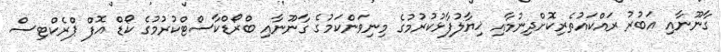
ގާނޫނާއި އަބުރު ރައްކައުތެރިކޮށްދިނުމާއި ޚިޔާލުފާޅުކުރުމުގެ މިނިވަންކަމުގެ ގާނޫނާއި ބްރޯޑްކާސްޓްކުރުމުގެ ކޯޑް އޮފް ޕްރެކްޓިސް